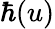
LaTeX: \hbar(u)